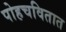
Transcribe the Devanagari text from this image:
पोहचवितात